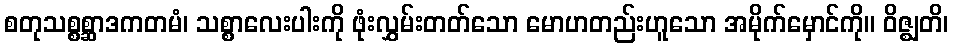
စတုသစ္စစ္ဆာဒကတမံ၊ သစ္စာလေးပါးကို ဖုံးလွှမ်းတတ်သော မောဟတည်းဟူသော အမိုက်မှောင်ကို။ ဝိဇ္ဈတိ၊